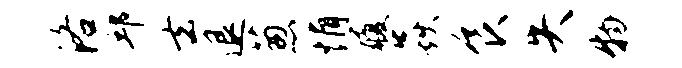
洛邱去退葱悄履焱食失物